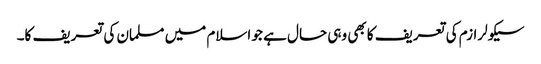
سیکولرازم کی تعریف کا بھی وہی حال ہے جو اسلام میں مسلمان کی تعریف کا۔